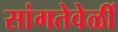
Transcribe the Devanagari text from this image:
सांगतेवेळीं